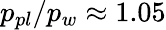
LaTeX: p_{pl}/p_{w}\approx 1.05